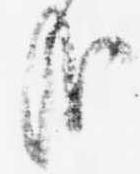
哉